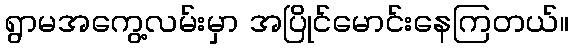
ရွာမအကွေ့လမ်းမှာ အပြိုင်မောင်းနေကြတယ်။